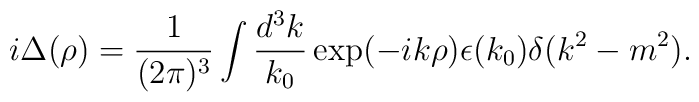
i\Delta(\rho)=\frac{1}{(2\pi)^3}\int\frac{d^3k}{k_0}\exp(-ik\rho)\epsilon(k_0)\delta(k^2-m^2).